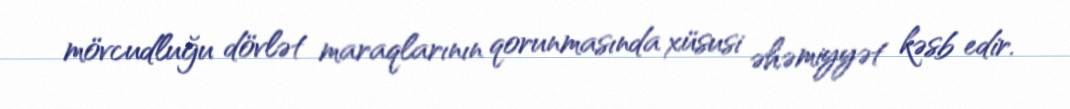
mövcudluğu dövlət maraqlarının qorunmasında xüsusi əhəmiyyət kəsb edir.